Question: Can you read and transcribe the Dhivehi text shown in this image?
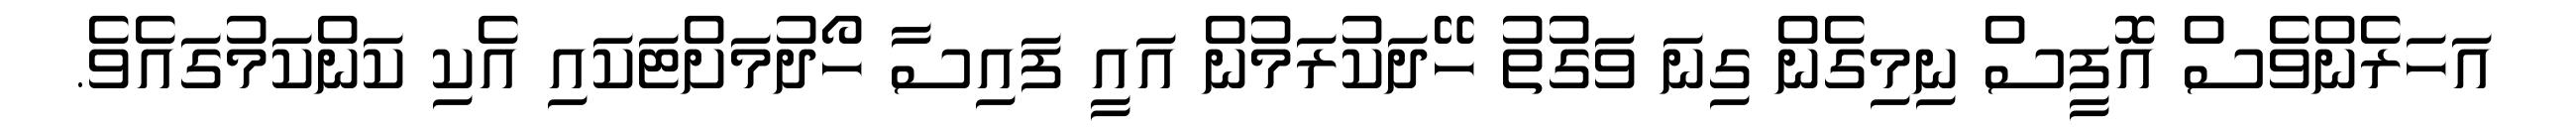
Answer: އަހަރެންވެސް އޮފީސް ނިމިގެން ގިނަ ވަގުތު ހޭދަކުރަމުން އައީ ފައިސާ ހޯދުމަށްޓަކައި އެކި ކަންކަމުގައެވެ.